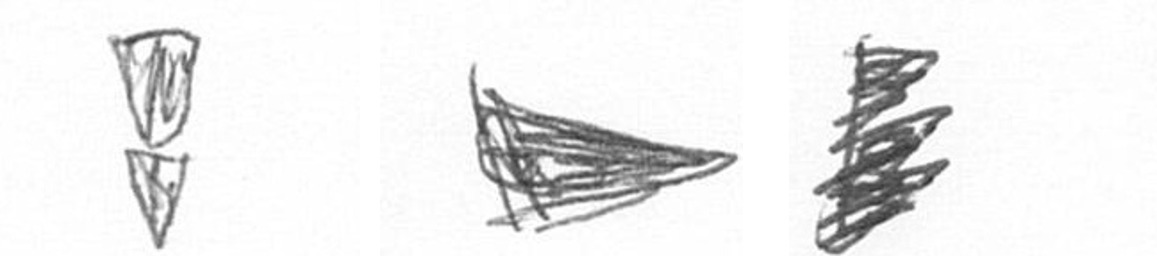
Z T H